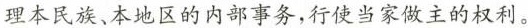
理本民族、本地区的内部事务，行使当家做主的权利。